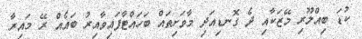
ކުޑަ ބިއްލޫރި މޭޒަކާއި ދެ ގޮނޑިއަދި މާވަށިތައް ބަހައްޓާފައިވާއިރު ބައެއް ރޭ މައިރާ